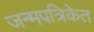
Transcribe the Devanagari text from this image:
जन्मपत्रिकेत